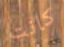
كانت